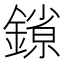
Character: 𰽄